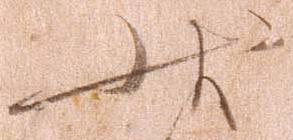
状